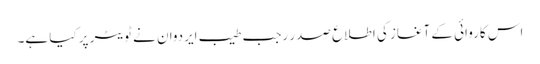
اس کاروائی کے آغاز کی اطلاع صدر رجب طیب ایردوان نے ٹویٹر پر کیا ہے۔